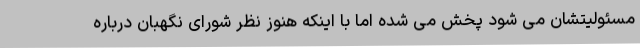
مسئولیتشان می شود پخش می شده اما با اینکه هنوز نظر شورای نگهبان درباره